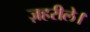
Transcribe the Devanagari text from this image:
ज़हरीले।